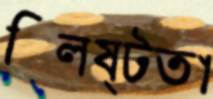
ক্লিষ্টতা